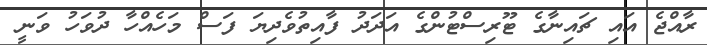
ރާއްޖެ އައި ޗައިނާގެ ޓޫރިސްޓުންގެ އަދަދު ފާއިތުވެދިޔަ ފަސް މަހެއްހާ ދުވަހު ވަނީ